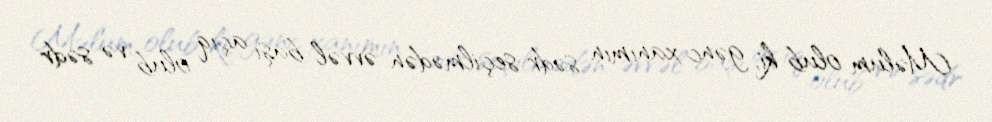
Məlum olub ki, gənc xanımın sədr seçilmədən əvvəl başı açıq olub və sədr